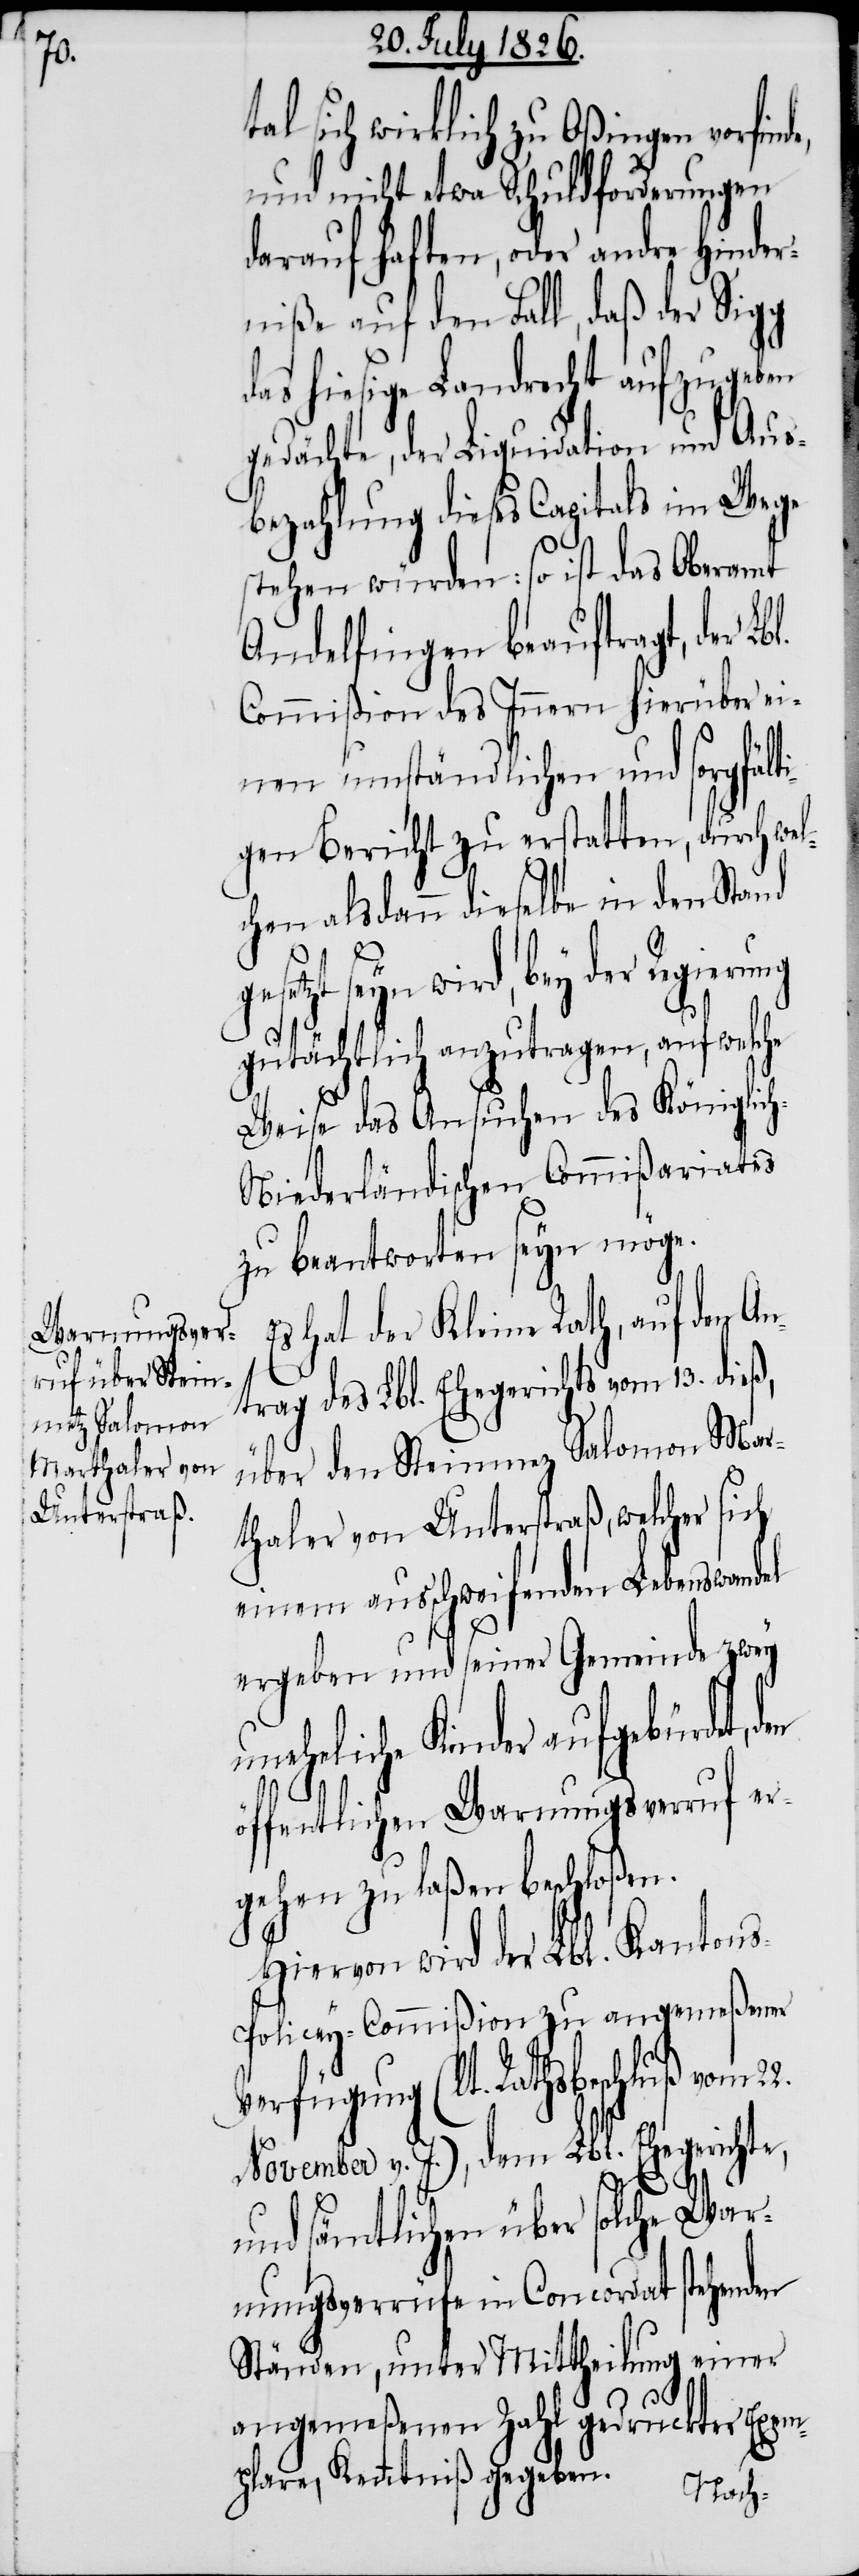
tal sich wirklich zu Oßingen vorfin¬
und nicht etwa Schuldforderungen
darauf haften, oder andre Hinder¬
niße auf den Fall, daß der Sigg
das hiesige Landrecht aufzugeben
gedächte, der Liquidation und Aus¬
bezahlung dieses Capitals im Wege
stehen würden: so ist das
Andelfingen beauftragt, der Lb¬
Commißion des Innern hierüber ei¬
nen umständlichen und sorgfält¬
igen Bericht zu erstatten, durch wel¬
chen alsdann dieselbe in den Stand
wird, bey der Regierung
gutächtlich anzutragen, auf welche
Weise das Ansuchen des Königlic¬
h-Niederländischen Commißariates
zu beantworten seyn möge.
hat der Kleine Rath, auf den An¬
trag des Lbl. Ehegerichts vom 13. die¬
über den Steinmez Salomon Mar¬
thaler von Unterstraß, welcher sich
einem ausschweifenden Lebenswandel
ergeben und seiner Gemeinde zwey
neheliche Kinder aufgebürdet,
uf er¬
öffentlichen Warnungs¬
gehen zu laßen beschloßen.
Hiervon wird der Lbl. Kanton¬
s-Policey-Commißion zu angemeßener
Verfügung (lt. Rathsbeschluß vom 22.
November v. J.), dem Lbl. Ehegerichte,
u¬
und sämtlichen über solche War¬
nungsverrüfe in Concordat stehenden
Ständen, unter Mittheilung einer
angemeßenen Zahl gedruckter Exem¬
plare, Kenntniß gegeben.